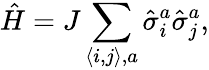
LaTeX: \hat{H}=J\sum_{\langle i,j\rangle,a}\hat{\sigma}_{i}^{a}\hat{\sigma}_{j}^{a},